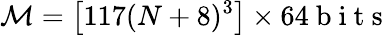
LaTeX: \mathcal{M}=\left[117(N+8)^{3}\right]\times 64\mathrm{~b~i~t~s~}